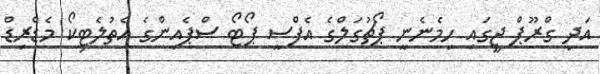
އަދި ގްރޫޕް ޖީގައި ހިމެނެނީ ޕޯޗުގަލްގެ އެފްސީ ޕޯޓޯ ސްޕެއިންގެ އެތުލެޓިކޯ މެޑްރިޑް